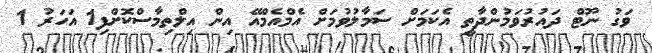
ވަގު ނޫޓް ދައުރުވަމުންދާތީ އެކަމަށް ސަމާލުވުމަށް އެމްއެމްއޭ އިން އިލްތިމާސްކޮށްފި1 އަހަރު 1